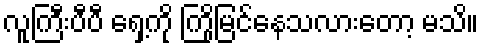
လူကြီးပီပီ ရှေ့ကို ကြိုမြင်နေသလားတော့ မသိ။